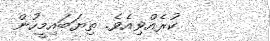
ކުރެއްވިއެވެ. ތިޔަބައިމީހުން